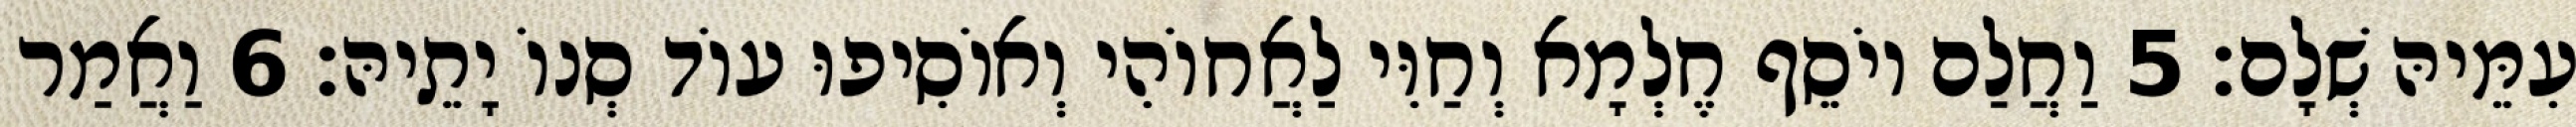
עִמֵּיהּ שְׁלָם׃ 5 וַחֲלַם יוֹסֵף חֶלְמָא וְחַוִּי לַאֲחוֹהִי וְאוֹסִיפוּ עוֹד סְנוֹ יָתֵיהּ׃ 6 וַאֲמַר